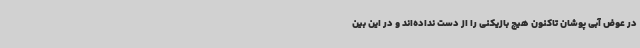
در عوض آبی پوشان تاکنون هیچ بازیکنی را از دست نداده‌اند و در این بین